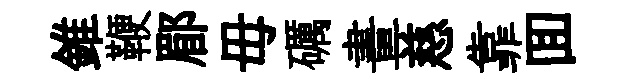
錐鞭郿毋礪畫慈靠囬